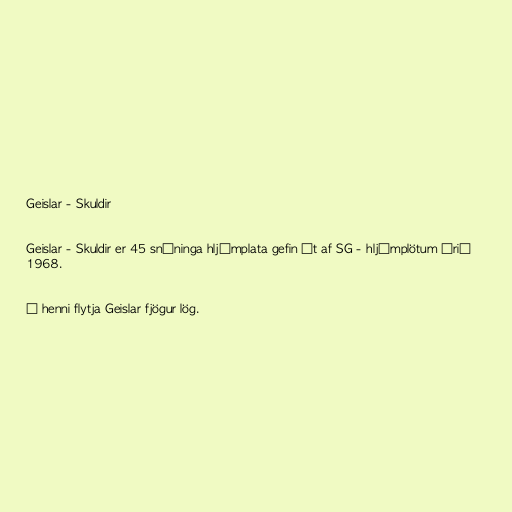
Geislar - Skuldir

Geislar - Skuldir er 45 snúninga hljómplata gefin út af SG - hljómplötum árið
1968.

Á henni flytja Geislar fjögur lög.